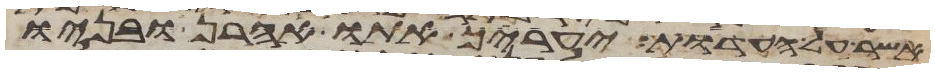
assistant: אשר על העדות יעריך אתו אהרן ובניו